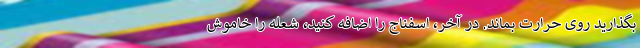
بگذارید روی حرارت بماند. در آخر، اسفناج را اضافه کنید، شعله را خاموش